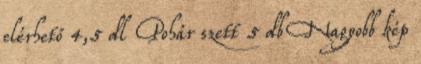
elérhető 4,5 dl Pohár szett 5 db Nagyobb kép